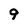
Character: 9